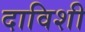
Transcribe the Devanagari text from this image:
दाविशी